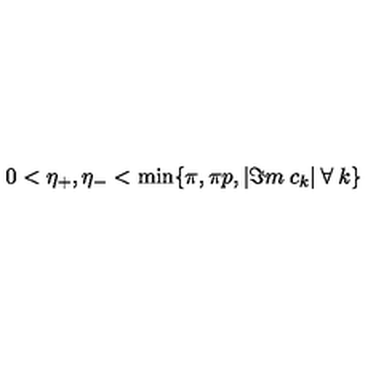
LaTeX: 0 < \eta _ { + } , \eta _ { - } < \min \{ \pi , \pi p , | \Im m \: c _ { k } | \: \forall \: k \}